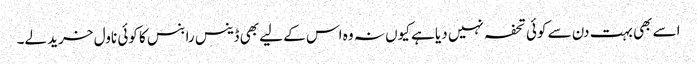
اسے بھی بہت دن سے کوئی تحفہ نہیں دیا ہے کیوں نہ وہ اس کے لیے بھی ڈینس رابنس کا کوئی ناول خرید لے۔